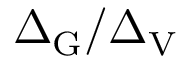
\Delta _ { \mathrm { G } } / \Delta _ { \mathrm { V } }